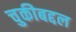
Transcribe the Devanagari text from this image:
चुकीबद्दल